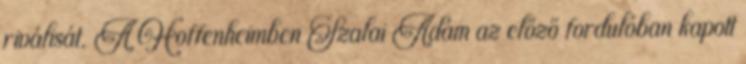
riválisát. A Hoffenheimben Szalai Ádám az előző fordulóban kapott